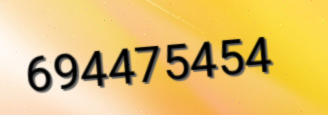
694475454